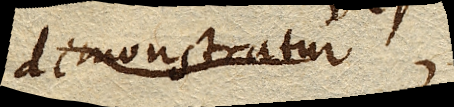
demonstratur